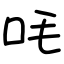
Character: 㕰